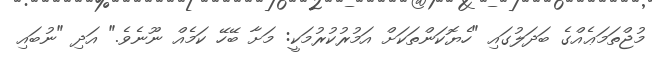
މުޖްތަމަޢެއްގެ ބަދަލުގައި "ހެޔޮކަންތަކަށް އަމުރުކުރުމަކީ: މަށާ ބޭހޭ ކަމެއް ނޫނެވެ." އަދި "ނުބައި